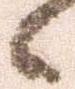
候